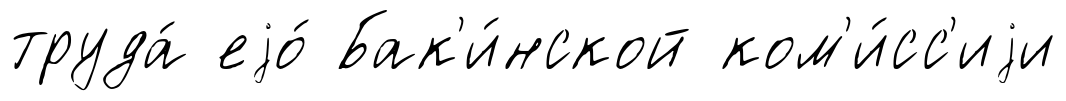
труда́ еjо́ Бак'и́нской ком'и́сс'иjи